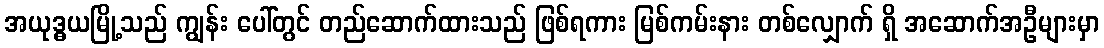
အယုဒ္ဓယမြို့သည် ကျွန်း ပေါ်တွင် တည်ဆောက်ထားသည် ဖြစ်ရကား မြစ်ကမ်းနား တစ်လျှောက် ရှိ အဆောက်အဦများမှာ